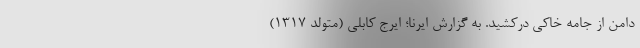
دامن از جامه خاکی درکشید. به گزارش ایرنا؛ ایرج کابلی (متولد ۱۳۱۷)